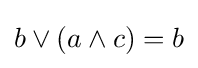
b\vee (a\wedge c)=b